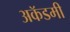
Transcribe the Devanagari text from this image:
अकॅडमी